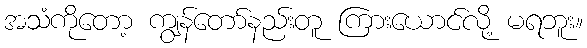
အသံကိုတော့ ကျွန်တော်နည်းတူ ကြားယောင်လို့ မရဘူး။